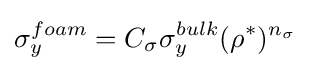
\sigma _{y}^{foam}=C_{\sigma }\sigma _{y}^{bulk}(\rho ^{*})^{n_{\sigma }}